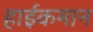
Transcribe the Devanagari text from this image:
हाईकमान